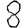
Digit: 8